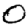
Digit: 0